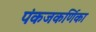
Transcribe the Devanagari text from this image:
पंकजकर्णिका